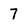
Character: 7